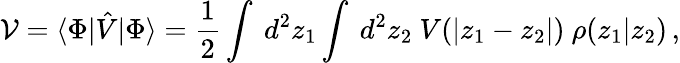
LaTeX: {\cal V}=\langle\Phi|\hat{V}|\Phi\rangle=\frac{1}{2}\int{\ d^{2}z_{1}}\int{\ d^{2}z_{2}}~V(|z_{1}-z_{2}|)~\rho(z_{1}|z_{2})\, ,